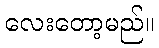
လေးတော့မည်။